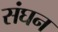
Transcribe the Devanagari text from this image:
संघन